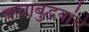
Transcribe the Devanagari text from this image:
बावाबुद्धयांचे